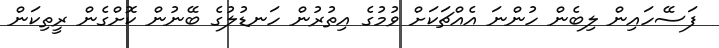
ފަސޭހައިން ލިބެން ހުންނަ އެއްޗަކަށް ވުމުގެ އިތުރުން ހަނޑުލުގެ ބޭނުން ކޮށްގެން ރީތިކަން